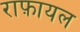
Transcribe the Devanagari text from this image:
राफ़ायल